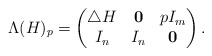
\begin{align*} \Lambda(H)_p=\begin{pmatrix}\triangle H&\mathbf{0}&p I_m\\I_n&I_n&\mathbf{0} \end{pmatrix}. \end{align*}